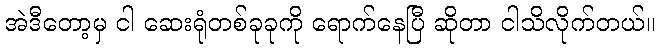
အဲဒီတော့မှ ငါ ဆေးရုံတစ်ခုခုကို ရောက်နေပြီ ဆိုတာ ငါသိလိုက်တယ်။